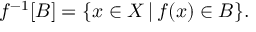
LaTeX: f ^ { - 1 } [ B ] = \{ x \in X \, | \, f ( x ) \in B \} .